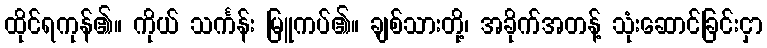
ထိုင်ရကုန်၏။ ကိုယ် သင်္ကန်း မြူကပ်၏။ ချစ်သားတို့၊ အခိုက်အတန့် သုံးဆောင်ခြင်းငှာ